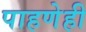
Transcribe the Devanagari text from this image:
पाहणेही